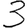
Digit: 3